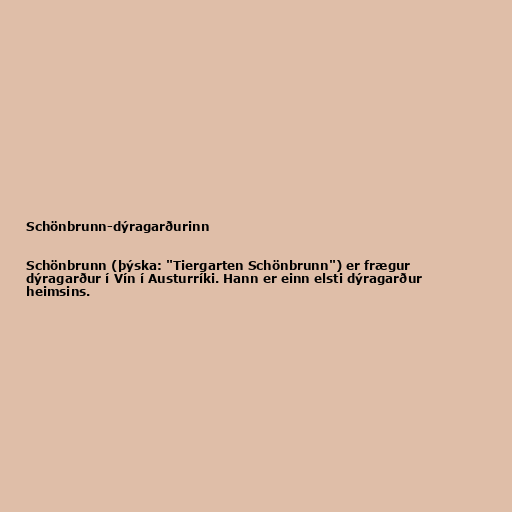
Schönbrunn-dýragarðurinn

Schönbrunn (þýska: "Tiergarten Schönbrunn") er frægur
dýragarður í Vín í Austurríki. Hann er einn elsti dýragarður
heimsins.